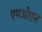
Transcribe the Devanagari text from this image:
एमओएस